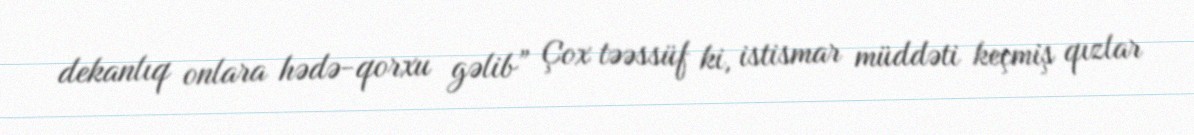
dekanlıq onlara hədə-qorxu gəlib” Çox təəssüf ki, istismar müddəti keçmiş qızlar